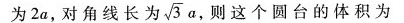
为2a，对角线长为\sqrt{3}a，则这个圆台的体积为